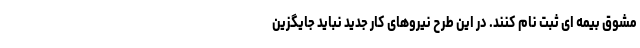
مشوق بیمه ای ثبت نام کنند. در این طرح نیروهای کار جدید نباید جایگزین